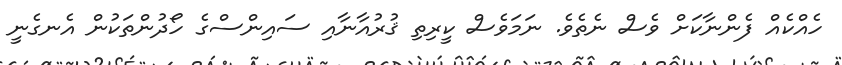
ހެއްކެއް ފެންނާކަށް ވެސް ނެތެވެ. ނަމަވެސް ކީރިތި ޤުރުއާނާއި ސައިންސްގެ ހޯދުންތަކުން އެނގެނީ